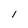
Character: l